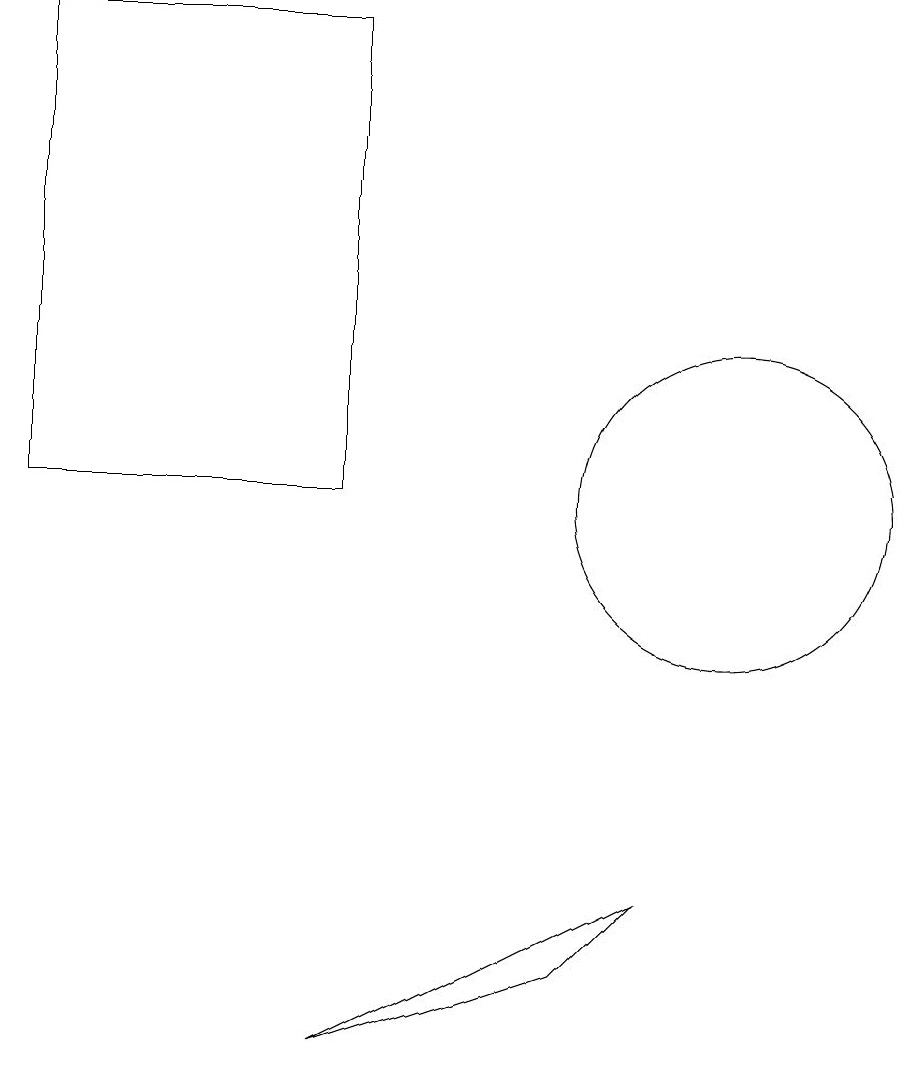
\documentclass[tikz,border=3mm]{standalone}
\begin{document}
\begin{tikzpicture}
\draw (9,7) -- (8,6) -- (5,5) -- cycle;
\draw (10,12) circle (2);
\draw (5,12) rectangle (1,18);
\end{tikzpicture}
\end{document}